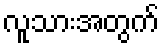
လူသားအတွက်